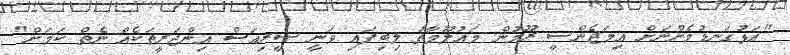
"އަޅުގަނޑުމެންނަށް އިމަޖެންސީ ރޫމުން މައުލޫމާތު ލިބިފައި ވަނީ ސީރިއަސް އިންޖަރީތަކެއް ނެތް ކަމަށް"